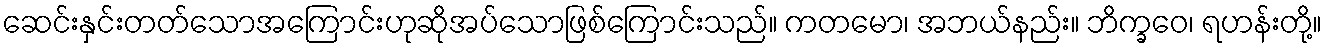
ဆေင်းနှင်းတတ်သောအကြောင်းဟုဆိုအပ်သောဖြစ်ကြောင်းသည်။ ကတမော၊ အဘယ်နည်း။ ဘိက္ခဝေ၊ ရဟန်းတို့။